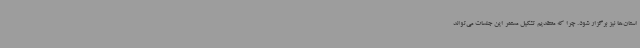
استان‌ها نیز برگزار شود. چرا که معتقدیم تشکیل مستمر این جلسات می‌تواند